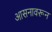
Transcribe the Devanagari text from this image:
आसनावरून